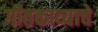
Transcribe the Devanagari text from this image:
गीतकाव्याचे